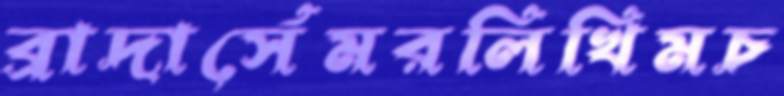
ব্রাদার্সেমরলিখিমচ